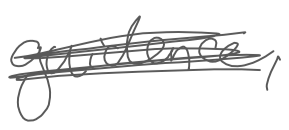
Text: guidance,
Cross-out: scratch
Writing tool: digital_gray